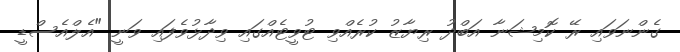
ގެންނަވައި ރޭ ކޮމިޝަނާ އަބްދު ރިޔާޒު ކުރެއްވި ޓުވީޓެއްގައި ވިދާޅުވެފައި ވަނީ "އެލްއެސްޑީ